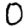
Digit: 0